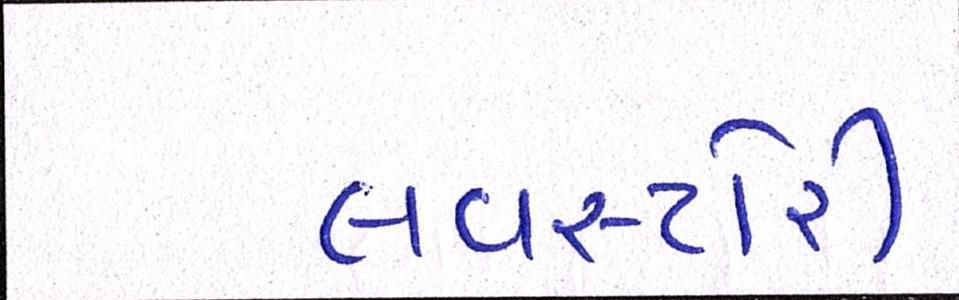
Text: લવસ્ટોરી